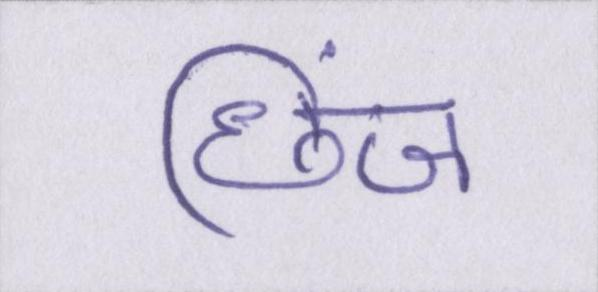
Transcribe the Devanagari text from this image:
छिंज